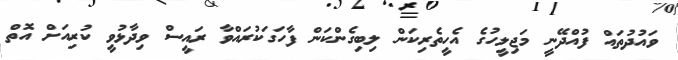
ވައުދުތައް ފުއްދޭނީ މަޖިލީހުގެ އެހީތެރިކަން ލިބިގެންކަން ފާހަގަކުރައްވާ ރައީސް ވިދާޅުވީ ކުރިއަށް އޮތް